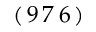
( \, 9 \, 7 \, 6 \, )